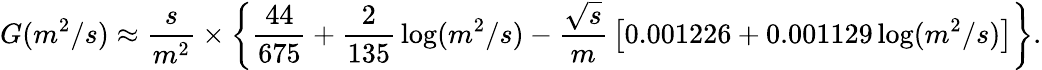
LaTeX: G(m^{2}/s)\approx{\frac{s}{m^{2}}}\times\left\{ {\frac{44}{675}}+{\frac{2}{135}}\log(m^{2}/s)-{\frac{\sqrt{s}}{m}}\left[0.001226+0.001129\log(m^{2}/s)\right]\right\} .